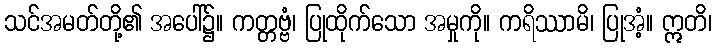
သင်အမတ်တို့၏ အပေါ်၌။ ကတ္တဗ္ဗံ၊ ပြုထိုက်သော အမှုကို။ ကရိဿာမိ၊ ပြုအံ့။ ဣတိ၊